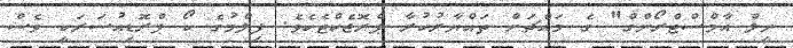
ނީލް އާމްސްޓްރޯންގް" ގެ މައްޗަށް ތައްޔާރުކުރާ ޕްރޮޖެކްޓެކެވެ. ފިލްމުގެ ކޯ ޕްރޮޑިއުސަރަކީ ވެސް